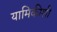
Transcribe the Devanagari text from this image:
यामिकीशी